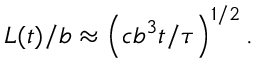
{ L ( t ) } / b \approx \left( { c b ^ { 3 } t } / { \tau } \right) ^ { 1 / 2 } .